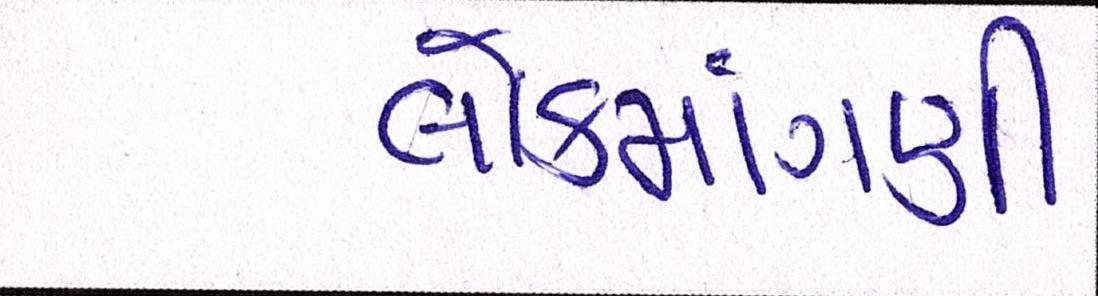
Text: લોકમાગણી